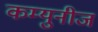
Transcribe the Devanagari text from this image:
कम्युनीज